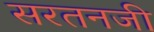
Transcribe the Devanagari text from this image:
सरतनजी